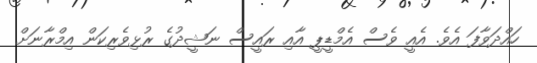
ހައްދަވާފަ އެވެ. އެއީ ވެސް އެމްޑީޕީ އާއި ރައީސް ނަޝީދުގެ ރުޅިވެރިކަން އިމްރާނަށް